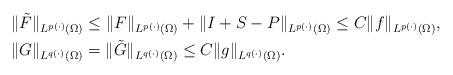
LaTeX: \begin{align*}&\|\tilde F\|_{L^{p(\cdot)}(\Omega)}\le \|F\|_{L^{p(\cdot)}(\Omega)}+\|I+S-P\|_{L^{p(\cdot)}(\Omega)}\le C\|f\|_{L^{p(\cdot)}(\Omega)},\\&\|G\|_{L^{q(\cdot)}(\Omega)}=\|\tilde G\|_{L^{q(\cdot)}(\Omega)}\le C\|g\|_{L^{q(\cdot)}(\Omega)}.\end{align*}